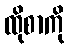
ထိုစာကို